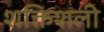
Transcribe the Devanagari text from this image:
शक्तिशली